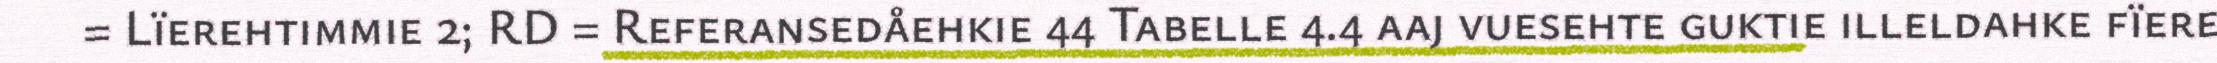
= Lïerehtimmie 2; RD = Referansedåehkie 44 Tabelle 4.4 aaj vuesehte guktie illeldahke fïere